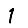
Digit: 1